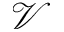
\mathcal { V }